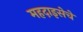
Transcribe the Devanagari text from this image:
महदाइसेचे